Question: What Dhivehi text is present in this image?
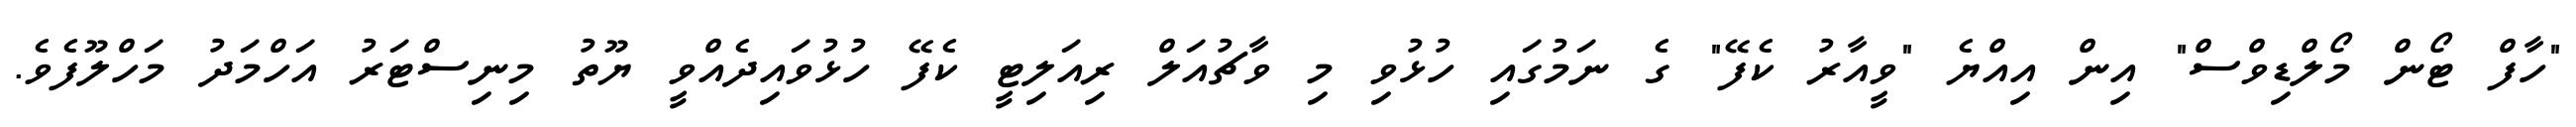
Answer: "ހާފް ޓޯން މޯލްޑިވްސް" އިން އިއްޔެ "ވީއާރު ކެފޭ" ގެ ނަމުގައި ހުޅުވި މި ވާޗުއަލް ރިއަލިޓީ ކެފޭ ހުޅުވައިދެއްވީ ޔޫތު މިނިސްޓަރު އަހްމަދު މަހްލޫފެވެ.